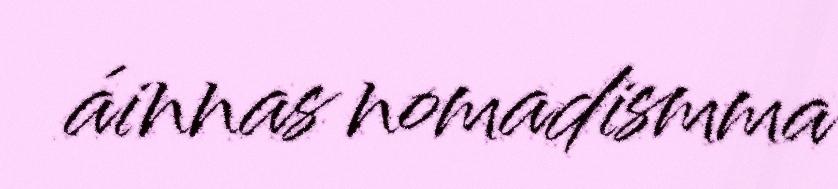
áinnas nomadismma